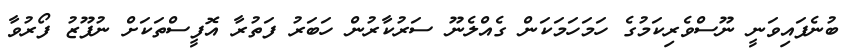
ބުނެފައިވަނީ ނޫސްވެރިކަމުގެ ހަމަހަމަކަން ގެއްލެނޫ ސަރުކާރުން ހަބަރު ފަތުރާ އޮފީސްތަކަށް ނުފޫޒު ފޯރުވާ